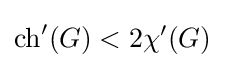
\operatorname {ch} '(G)<2\chi '(G)